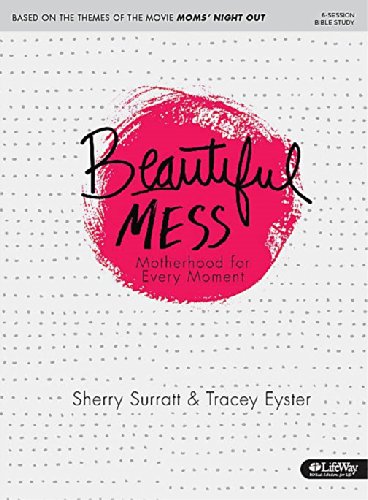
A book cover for Beautiful Mess: Motherhood for Every Moment; Sherry Surratt; Parenting & Relationships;